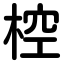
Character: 椌